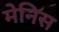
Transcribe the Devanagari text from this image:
मेनिस